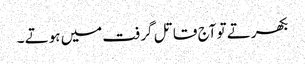
بکھرتے تو آج قاتل گرفت میں ہوتے ۔